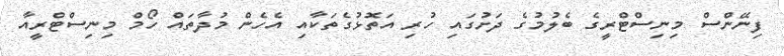
ފިނޭންސް މިނިސްޓްރީގެ ބެލުމުގެ ދަށުގައި ހުރި އަތޮޅުގެތަކާއި އެހެން މުދާތައް ހޯމް މިނިސްޓްރީއާ